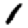
Digit: 1